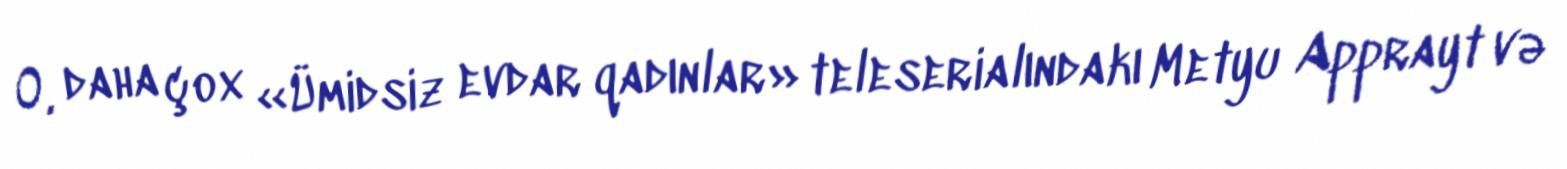
O, daha çox «Ümidsiz evdar qadınlar» teleserialındakı Metyu Apprayt və